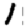
Digit: 1